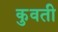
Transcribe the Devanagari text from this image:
कुवती